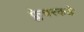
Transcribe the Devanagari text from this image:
फ्लेचरकडे